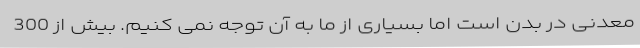
معدنی در بدن است اما بسیاری از ما به آن توجه نمی کنیم. بیش از 300